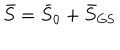
LaTeX: \bar { S } = \bar { S } _ { 0 } + \bar { S } _ { \mathrm { G S } }